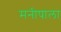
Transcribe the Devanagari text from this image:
मनीषाला